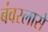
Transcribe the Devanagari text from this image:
बंवरलासे